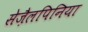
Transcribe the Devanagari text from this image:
सेज़ैलपिनिया